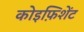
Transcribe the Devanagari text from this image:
कोइफ़िशेंट